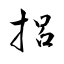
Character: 捛